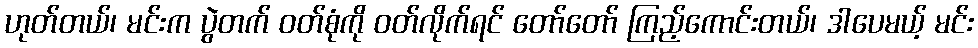
ဟုတ်တယ်၊ မင်းက ပွဲတက် ဝတ်စုံကို ဝတ်လိုက်ရင် တော်တော် ကြည့်ကောင်းတယ်၊ ဒါပေမယ့် မင်း